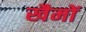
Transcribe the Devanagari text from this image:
खैमों